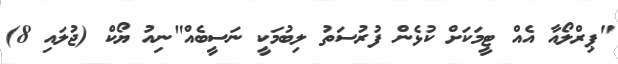
"ޕިރްލޯއާ އެއް ޓީމަކަށް ކުޅެން ފުރުސަތު ލިބުމަކީ ނަސީބެއް"ނިއު ޔޯކް (ޖުލައި 8)